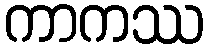
ကာကဿ